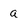
Character: a